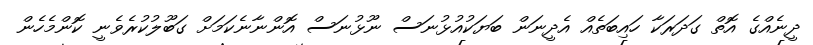
ދީނެއްގެ އޮތް ގަދަރަކާ ހައިބަތެއް އެދީނަން ބަޔަކުއުޅުނަސް ނޫޅުނަސް އޮންނާނެކަމަށް ގަބޫލުކުރެވެނީ ކޮންމެހެން